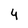
Character: 4